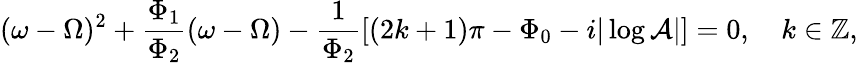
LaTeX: (\omega-\Omega)^{2}+\frac{\Phi_{1}}{\Phi_{2}}(\omega-\Omega)-\frac{1}{\Phi_{2}}[(2k+1)\pi-\Phi_{0}-i|\log\mathcal{A}|]=0,\quad k\in\mathbb{Z},